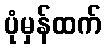
ပုံမှန်ထက်